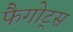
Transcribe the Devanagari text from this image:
फैगोट्स